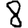
Digit: 8